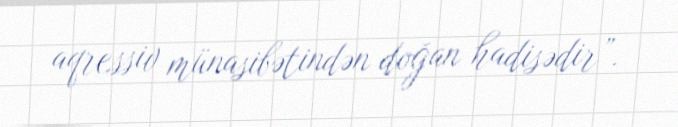
aqressiv münasibətindən doğan hadisədir”.